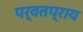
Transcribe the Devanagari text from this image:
पर्वतप्राय